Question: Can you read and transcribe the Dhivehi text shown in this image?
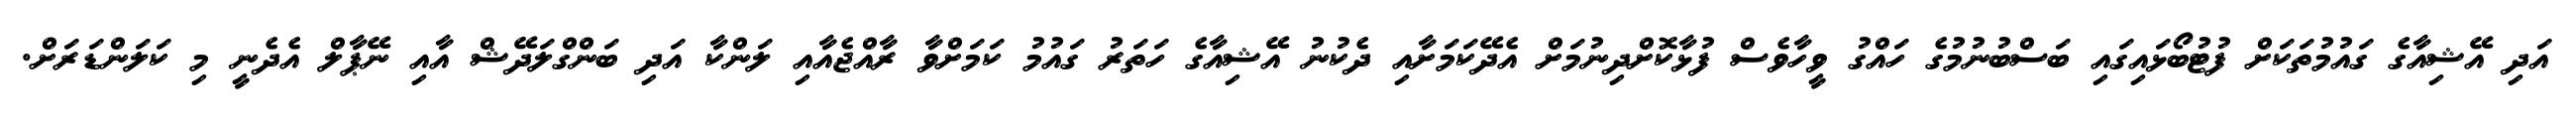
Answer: އަދި އޭޝިއާގެ ގައުމުތަކަށް ފުޓުބޯޅައިގައި ބަސްބުނުމުގެ ހައްގު ވީހާވެސް ފުޅާކޮށްދިނުމަށް އެދޭކަމަށާއި ދެކުނު އޭޝިއާގެ ހަތަރު ގައުމު ކަމަށްވާ ރާއްޖެއާއި ލަންކާ އަދި ބަންގްލަދޭޝް އާއި ނޭޕާލް އެދެނީ މި ކަލަންޑަރަށް.